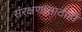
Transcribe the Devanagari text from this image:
संरक्षणासाठीही